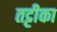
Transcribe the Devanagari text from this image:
तट्टीका